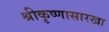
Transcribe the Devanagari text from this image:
श्रीकृष्णासारखा